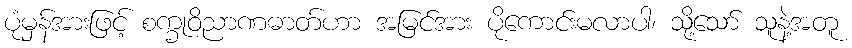
ပုံမှန်အားဖြင့် စက္ခုဝိညာဏဓာတ်ဟာ အမြင်အား ပိုကောင်းမလာပါ၊ သို့သော် သူနဲ့အတူ